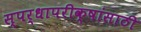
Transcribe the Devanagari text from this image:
स्पर्धापरीक्षांसाठी